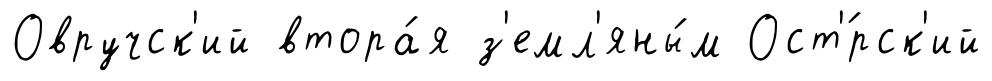
Овручск'ий втора́я з'емл'яны́м Ост'́рск'ий